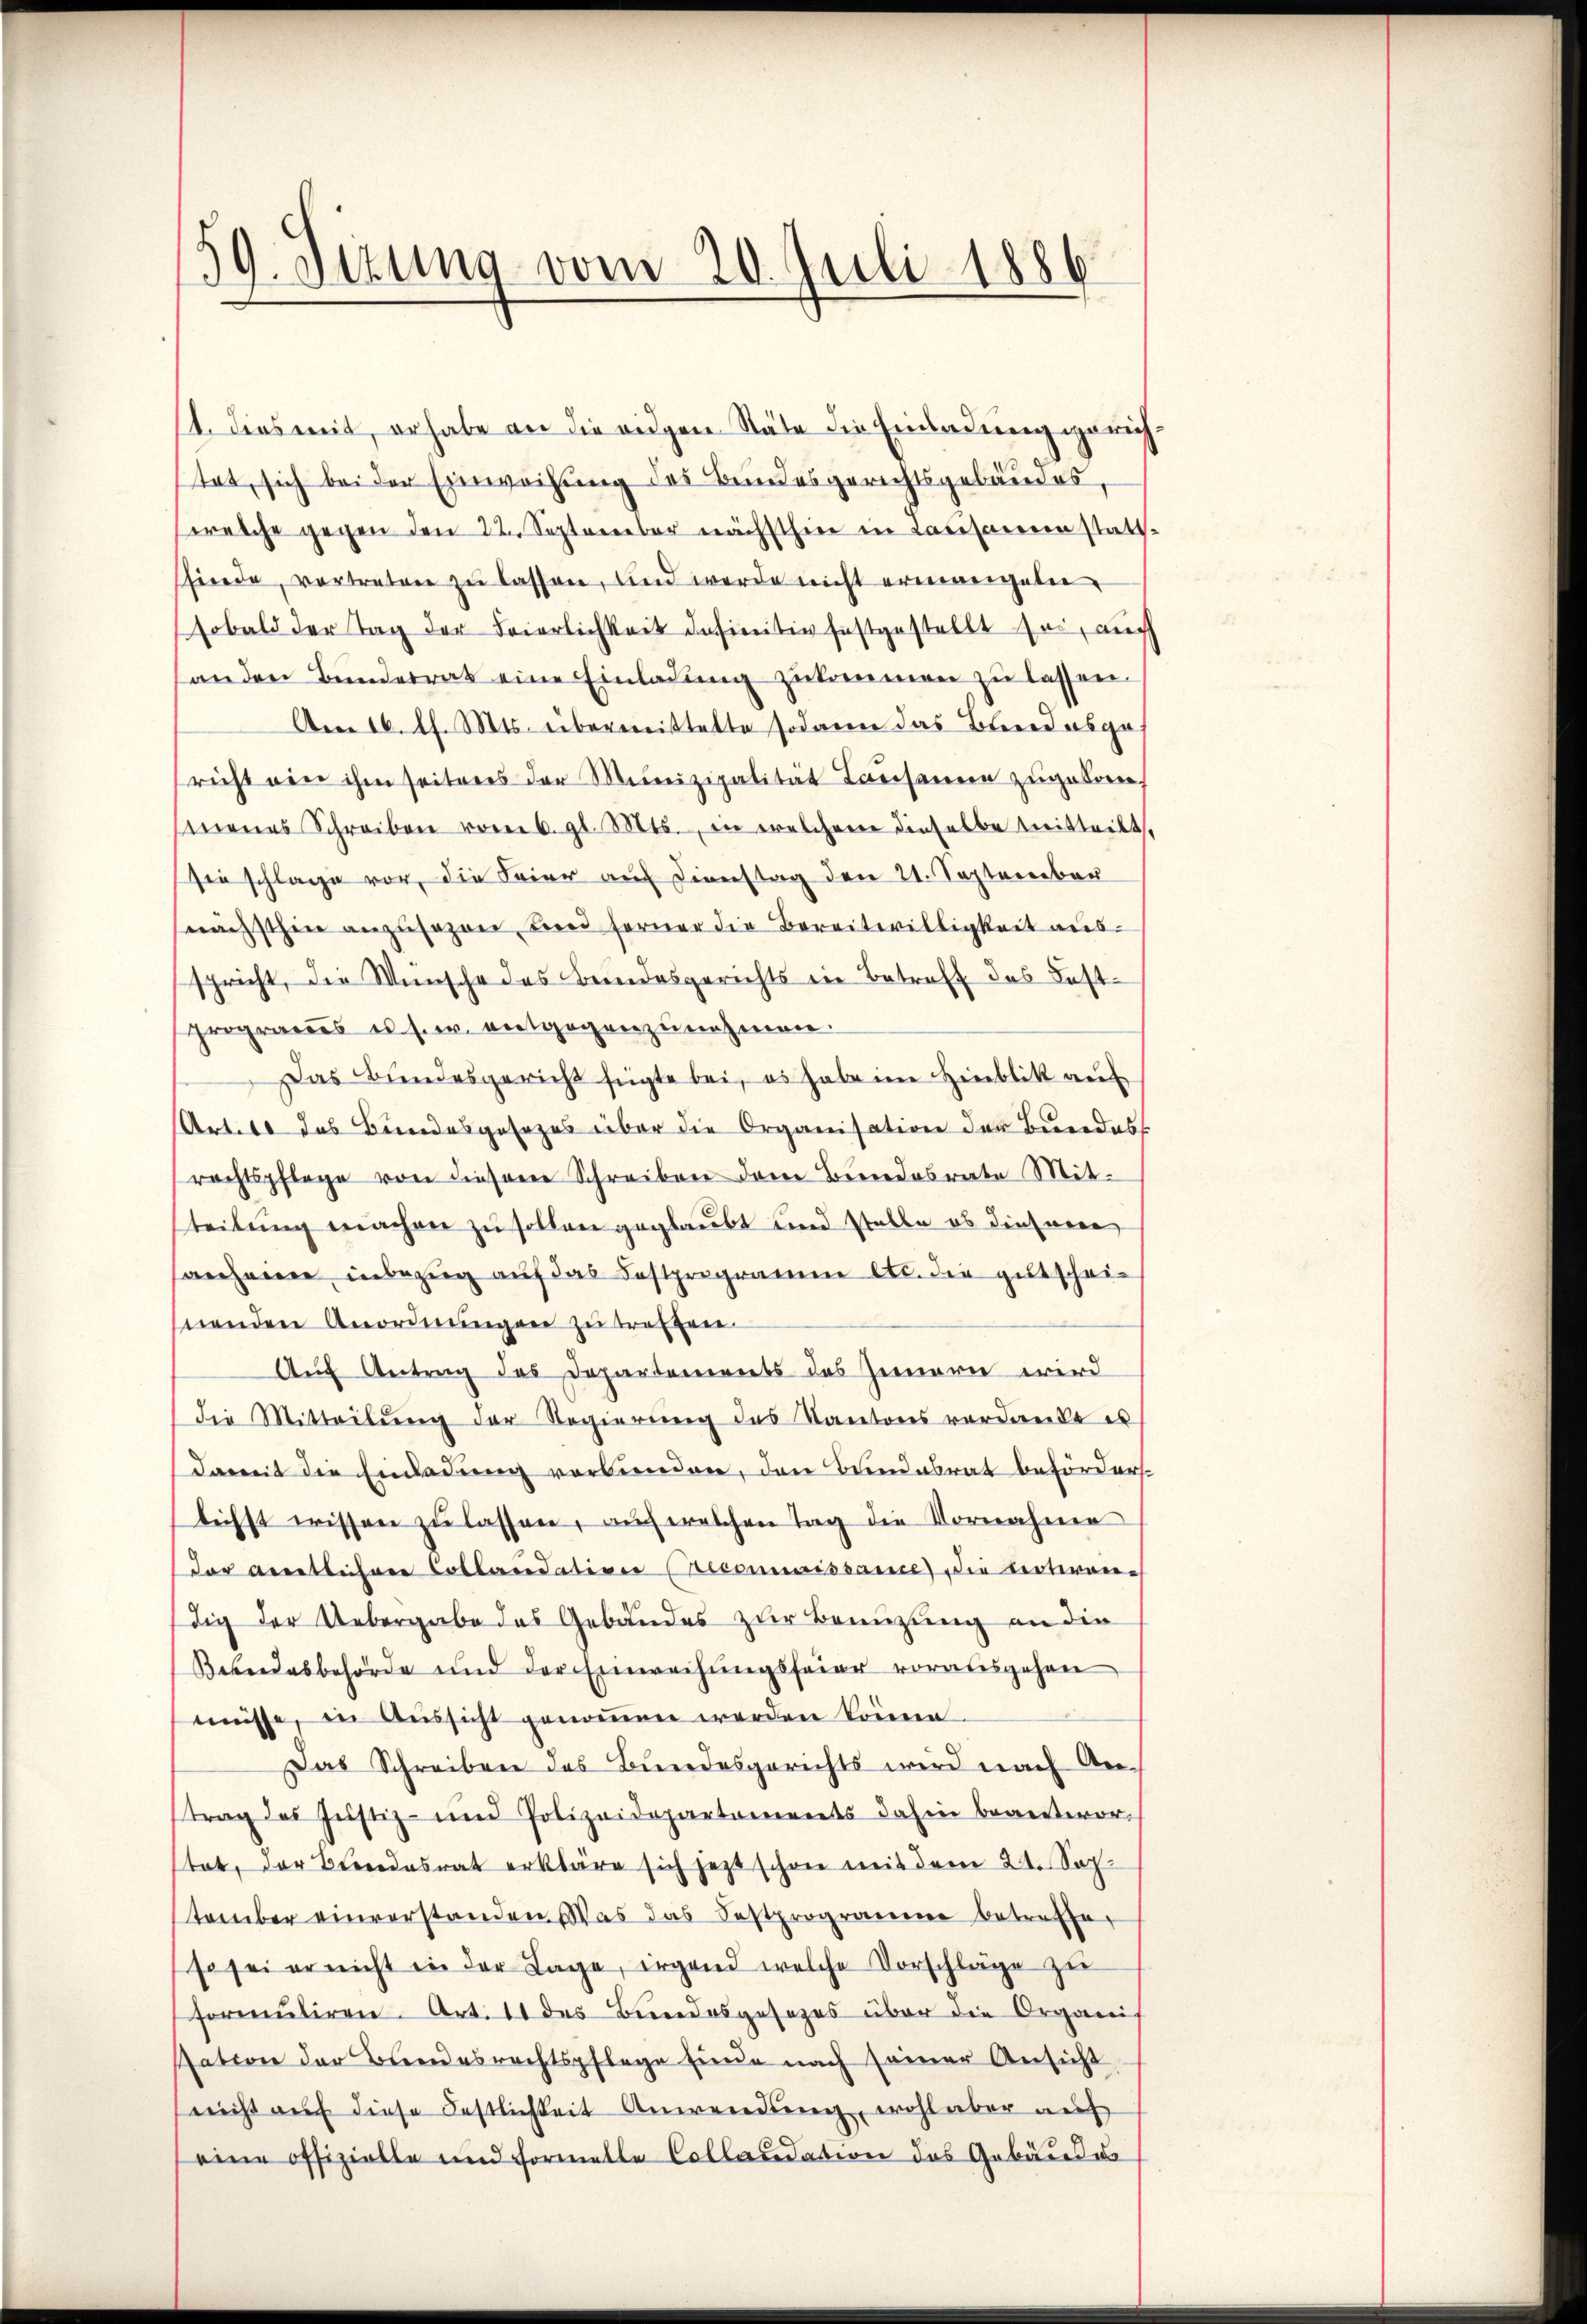
59. Sezung vom 20. Juli 1886

11. dies mit, erhabe an die eidgen Stäbe die Einladung gerich
tet, sich bei der Einweisung des Bundesgerichtsgebäudes,
welche gegen den 22. September nächsthin in Causanne statt-
sfinde, vertreten zŭ lassen, und werde nicht ermangete
sobald der Tag der Feierlichkeit definitiv festgestellt sei, auch
anden Bunderrat eine Einladung zukommen zu lassen.
Am 16. d. Mts. übermittelte sodann das Bundesge
richt ein ihm seitens der Mitnizipalität Lausannen zugeboren,
menes Schreiben vom 6. gl. Mts., in welchem dieselbe mitteilt,
sie schlage vor, die Feier auf Dienstag den 21. September
nächsthin anzusagen, Land ferner die Bereitwilligkeit ausspricht, die Wünsche des Bundesgerichts in Betreff das Festprogrames es s. entgegenzunehmen.
Das Bundesgericht fügte bei, es habe in Hinblik aus
Artel des Bundesgesezes über die Organisation der Bundes
rechtspflege von diesem Schreiben dem Bundesrate Mit-
teilung machen zu sollen geglaubt und stelle ob diesnere
sanheime inbezug auf das Festprogramen etc. die gutscheinenden Anordnungen zu treffen.
Aŭf Antrag des Departements des Jennern wird
die Mitteilung der Regierung des Kantons verdanke es
damit die Einladung verbunden, den Bundesrat beförders.
lichst wissen zŭ lassen, auch welchen Tag die Vornahme
der Arretlehrer Collaudation recommissance die Lectiren-
dig der Uebergabe das Gebäudes zur Benuzung an die
Beundesbehörde und der Einweihungsfeier vorausgehen
müsse, in Aussicht genoṁen werden könne.
Das Schreiben des Bundesgerichts wird nach An-
trag des Justiz- und Polizeidepartements dahin beanterortat, der Bundesrat erkläre sich jezt schon mit dem 24. Sachstember einverstanden. Was das Sostprogramme betreffen
so sei er nicht in der Lage, irgend welche Vorschläge zu
formuliren. Art. 11 des Bundesgesezes über die Organis
sation der Bundesrechtspflege finde nach seiner Ansicht
nicht aŭf diese Festlichkeit Anwendung, wohl aber auf
eine offizielle und Formelle Collaudation des Gebäudes